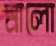
মালো